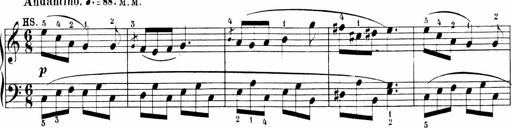
Title: 6 Sonatinas
Composer: Carl Reinecke